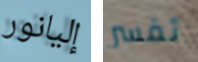
إليانور تفسر